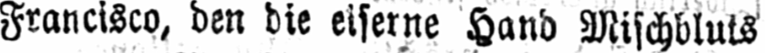
Francisco, den die eiserne Hand Mischbluts